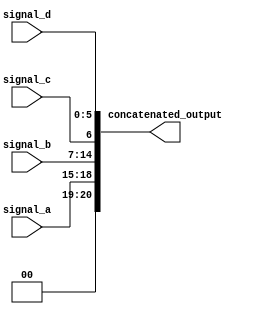
module concatenation_example (
    input wire [3:0] signal_a,    // 4-bit input signal
    input wire [7:0] signal_b,    // 8-bit input signal
    input wire signal_c,           // 1-bit input signal
    input wire [5:0] signal_d,    // 6-bit input signal
    output wire [20:0] concatenated_output // 21-bit output signal
);

// Continuous assignment for concatenation
assign concatenated_output = {signal_a, signal_b, signal_c, signal_d};

endmodule